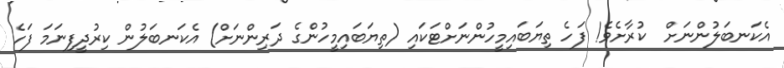
އެކަނބަލުންނަށް  ކުރާށެވެ! ފަހެ ތިޔަބައިމީހުންނަށްޓަކައި (ތިޔަބައިމީހުންގެ ދަރިންނަށް) އެކަނބަލުން ކިރުދީފިނަމަ ފަހެ